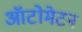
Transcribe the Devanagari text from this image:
ऑटोमेटन